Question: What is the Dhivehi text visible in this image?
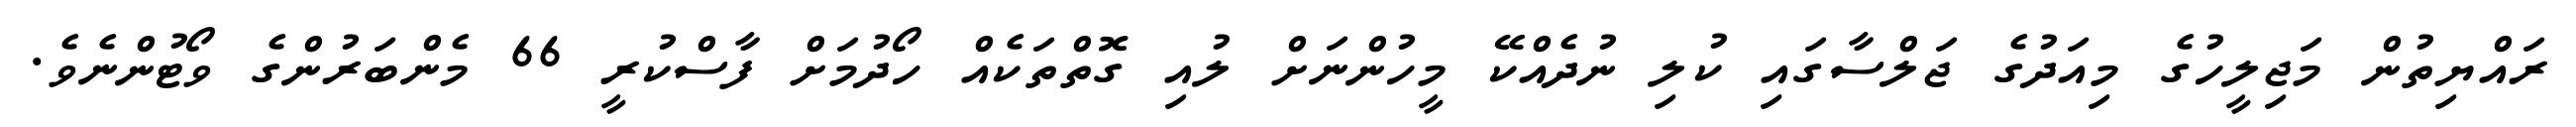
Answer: ރައްޔިތުން މަޖިލީހުގެ މިއަދުގެ ޖަލްސާގައި ކުލި ނުދެއްކޭ މީހުންނަށް ލުއި ގޮތްތަކެއް ހޯދުމަށް ފާސްކުރީ 66 މެންބަރުންގެ ވޯޓުންނެވެ.